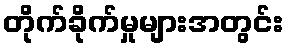
တိုက်ခိုက်မှုများအတွင်း